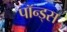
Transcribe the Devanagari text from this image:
पॉन्ड्स